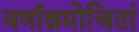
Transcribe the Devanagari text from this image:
वर्णाश्रमोचितां